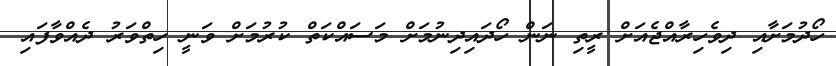
ހޯދުމަށާއި ދިވެހިރާއްޖެއަށް ރީތި ނަން ހޯދައިދިނުމަށް މަސައްކަތް ކުރުމަށް ވަނީ ހިތްވަރު ދެއްވާފައި